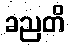
ခညတိ